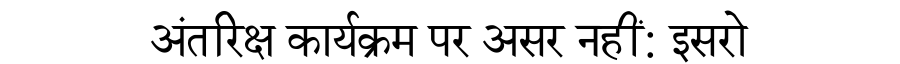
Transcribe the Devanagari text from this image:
अंतरिक्ष कार्यक्रम पर असर नहीं: इसरो